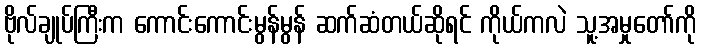
ဗိုလ်ချုပ်ကြီးက ကောင်းကောင်းမွန်မွန် ဆက်ဆံတယ်ဆိုရင် ကိုယ်ကလဲ သူ့အမှုတော်ကို